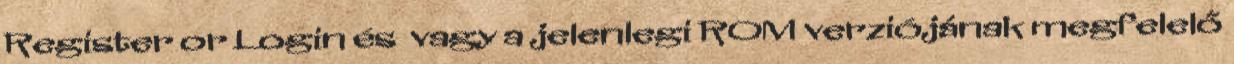
Register or Login és vagy a jelenlegi ROM verziójának megfelelő